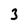
Character: 3